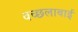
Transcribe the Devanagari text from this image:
वच्छलाबाई